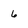
Character: 6